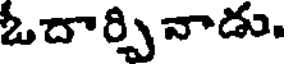
ఓదార్చి నాడు,